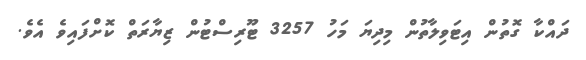
ދައްކާ ގޮތުން އިޓަވިލާތުން މިދިޔަ މަހު 3257 ޓޫރިސްޓުން ޒިޔާރަތް ކޮށްފައިވެ އެވެ.